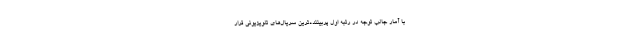
با آمار جالب توجه در رتبه اول پربیننده‌ترین سریال‌های تلویزیونی قرار